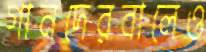
গানদেরবালেও